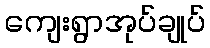
ကျေးရွာအုပ်ချုပ်